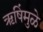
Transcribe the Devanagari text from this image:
ऋषिंमुळे